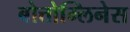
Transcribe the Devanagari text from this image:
बोत्तोम्लिनेस